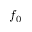
f _ { 0 }